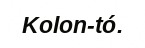
Kolon-tó.